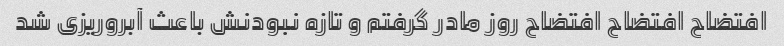
افتضاح افتضاح افتضاح روز مادر گرفتم و تازه نبودنش باعث آبروریزی شد